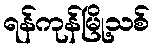
ရန်ကုန်မြို့သစ်